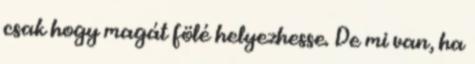
csak hogy magát fölé helyezhesse. De mi van, ha